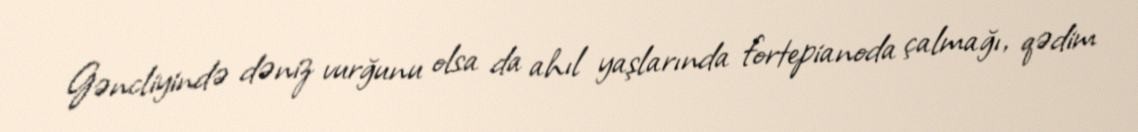
Gəncliyində dəniz vurğunu olsa da ahıl yaşlarında fortepianoda çalmağı, qədim